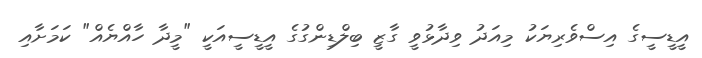
އީޑީސީގެ އިސްވެރިޔަކު މިއަދު ވިދާޅުވީ ގާޒީ ބިލްޑިންގުގެ އީޑީސީއަކީ "މީދާ ހާއްޔެއް" ކަމަށާއި